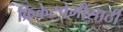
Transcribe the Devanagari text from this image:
क्रिकेटप्रेमींसाठी